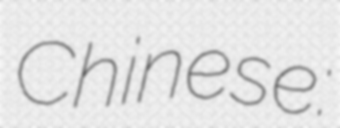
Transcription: Chinese: